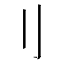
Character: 刂